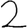
Digit: 2